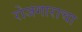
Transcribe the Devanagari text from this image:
रोजगाराचा